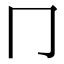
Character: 冂